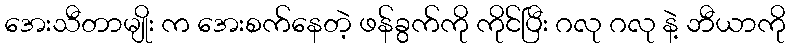
အေးသီတာမျိုး က အေးစက်နေတဲ့ ဖန်ခွက်ကို ကိုင်ပြီး ဂလု ဂလု နဲ့ ဘီယာကို